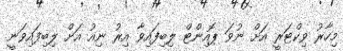
މިހާރު ވިކްޓަރީ އަށް ނުވަ ޕޮއިންޓް ލިބިފައިވާ އިރު ނިއު އަށް ލިބިފައިވަނީ